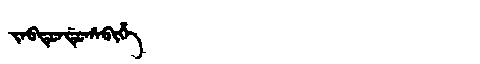
Manchu: ᠵᠠᠪᡨᡠᠨᡩᡠᡥᠠᠪᡳᡥᡝ
Romanization: JABTUNDUHABIHE